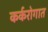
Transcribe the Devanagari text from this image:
कर्करोगात